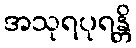
အသုရပုရန္တိ